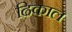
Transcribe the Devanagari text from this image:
ढिकाल